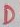
Text: D